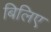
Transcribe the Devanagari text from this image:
बिलिए